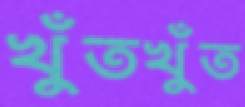
খুঁতখুঁত